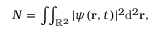
N = \int \! \! \int _ { \mathbb { R } ^ { 2 } } | \psi ( \mathbf { r } , t ) | ^ { 2 } \mathrm { d } ^ { 2 } { \mathbf { r } } ,